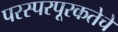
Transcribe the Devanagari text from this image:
परस्परपूरकतेचे